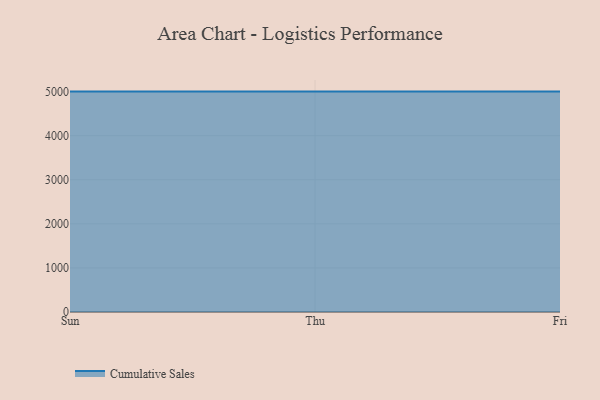
{"axis": {"x": "Day", "y": "Conversion Rate (%)"}, "legend": ["Cumulative Sales"], "data": [{"x": "Sun", "y": 5000, "type": "Cumulative Sales"}, {"x": "Thu", "y": 5000, "type": "Cumulative Sales"}, {"x": "Fri", "y": 5000, "type": "Cumulative Sales"}]}